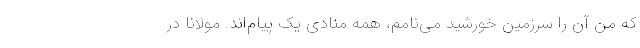
که من آن را سرزمین خورشید می‌نامم، همه منادی یک پیام‌اند. مولانا در